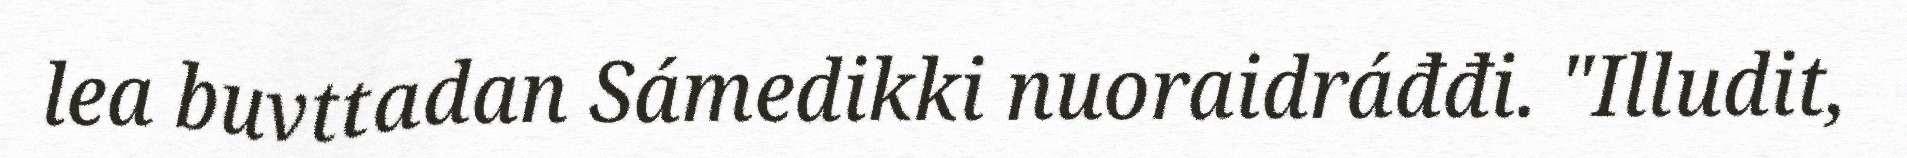
lea buvttadan Sámedikki nuoraidráđđi. "Illudit,